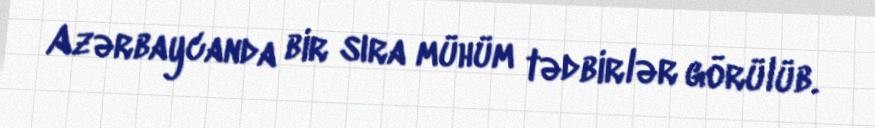
Azərbaycanda bir sıra mühüm tədbirlər görülüb.